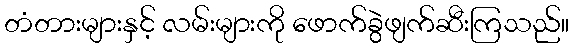
တံတားများနှင့် လမ်းများကို ဖောက်ခွဲဖျက်ဆီးကြသည်။